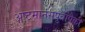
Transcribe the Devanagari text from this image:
अष्टमानसपुत्रांपैकी